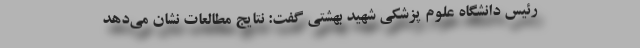
رئیس دانشگاه علوم پزشکی شهید بهشتی گفت: نتایج مطالعات نشان می‌دهد